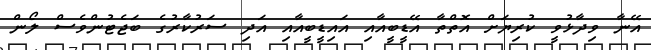
އޭނާ ވިދާޅުވީ ކުރިޔަށް އޮތްތާ އޭޑީބީއާއި އައިޑީބީއާއި އަދި ސަރުކާރުގެ ބަޖެޓުންވެސް ލޯން